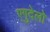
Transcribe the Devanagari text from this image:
एगुदेलो